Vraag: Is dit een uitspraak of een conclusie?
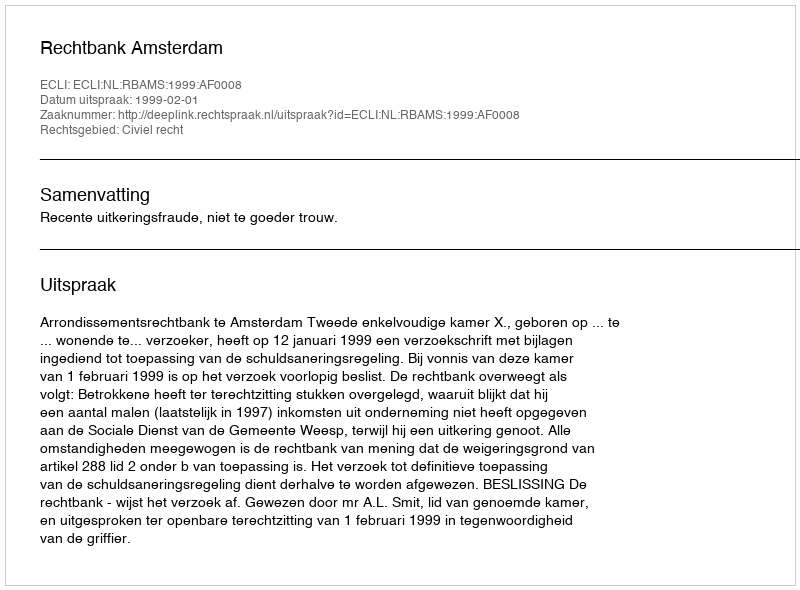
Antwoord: Uitspraak